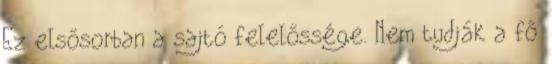
Ez elsősorban a sajtó felelőssége. Nem tudják a fő